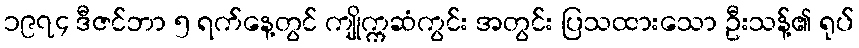
၁၉၇၄ ဒီဇင်ဘာ ၅ ရက်နေ့တွင် ကျိုက္ကဆံကွင်း အတွင်း ပြသထားသော ဦးသန့်၏ ရုပ်